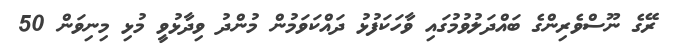
ރޭގެ ނޫސްވެރިންގެ ބައްދަލުވުމުގައި ވާހަކަފުޅު ދައްކަވަމުން މުންދު ވިދާޅުވީ މުޅި މިނިވަން 50